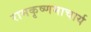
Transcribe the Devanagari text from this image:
रामकृष्णमाचार्य